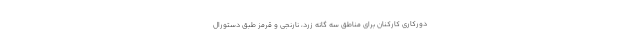
دورکاری کارکنان برای مناطق سه گانه زرد، نارنجی و قرمز طبق دستورال